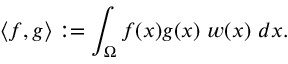
\langle f , g \rangle : = \int _ { \Omega } f ( x ) g ( x ) \ w ( x ) \ d x .